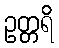
ဥတ္တရိ